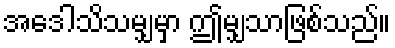
အေဒါသိသမျှမှာ ဤမျှသာဖြစ်သည်။